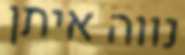
נווה איתן